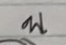
บ.